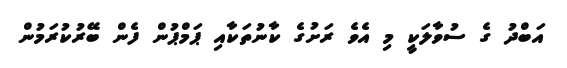
އަބްދު ގެ ސުވާލަކީ މި އެވެ ރަށުގެ ކާނުތަކާއި ޕަމްޕުން ފެން ބޭރުކުރަމުން